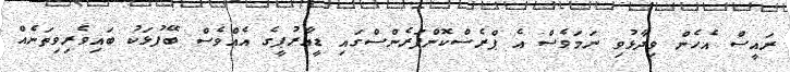
ރައީސް އެހެން ވިދާޅުވި ނަމަވެސް އެ ޕްރެސްކޮންފަރެންސްގައި ޑީއާރުޕީގެ އެއްވެސް ބޭފުޅަކު ބައިވެރިވިތަނެއް